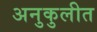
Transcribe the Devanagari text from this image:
अनुकुलीत